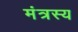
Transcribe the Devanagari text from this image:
मंत्रस्य